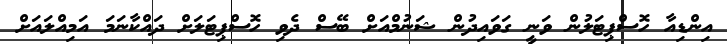
އިންޑިއާ ހޮސްޕިޓަލުން ވަނީ ގަވައިދުން ޝަނުމްއަށް ބޭސް ދެވި ހޮސްޕިޓަލަށް ދައްކާނަމަ އަމިއްލައަށް